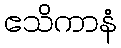
ဧသိကာနံ